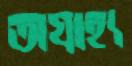
অগ্রাহ্য